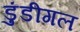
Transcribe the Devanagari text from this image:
डुंडीगल